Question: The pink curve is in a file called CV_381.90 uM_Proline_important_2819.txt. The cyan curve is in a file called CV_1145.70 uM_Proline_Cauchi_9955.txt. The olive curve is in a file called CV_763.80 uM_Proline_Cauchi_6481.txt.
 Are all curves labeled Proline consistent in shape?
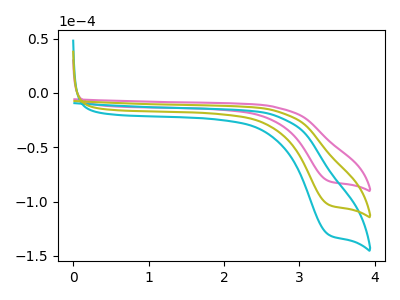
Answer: <think>The pink curve "Proline_381.90 uM" has a cathodic peak at: (3.40V, -80.95uA). The cyan curve "Proline_1145.70 uM" has a cathodic peak at: (3.40V, -205.45uA). The olive curve "Proline_763.80 uM" has a cathodic peak at: (3.40V, -102.70uA).
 All the peaks in "Proline_381.90 uM" have a peak in "Proline_1145.70 uM" at the same potential. Every peak in "Proline_381.90 uM" is lower than every peak in "Proline_1145.70 uM". All the peaks in "Proline_381.90 uM" have a peak in "Proline_763.80 uM" at the same potential. Every peak in "Proline_381.90 uM" is lower than every peak in "Proline_763.80 uM". All the peaks in "Proline_1145.70 uM" have a peak in "Proline_763.80 uM" at the same potential. Every peak in "Proline_1145.70 uM" is higher than every peak in "Proline_763.80 uM".</think>
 <answer>All the CV's of "Proline" have similar shape.</answer>
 <eval>follow_rule</eval>